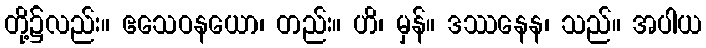
တို့၌လည်း။ ဧသေဝနယော၊ တည်း။ ဟိ၊ မှန်။ ဒဿနေန၊ သည်။ အပါယ